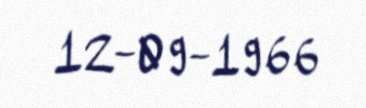
12-09-1966